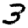
Digit: 3